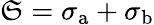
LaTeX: \mathfrak{S}=\sigma_{\mathrm{a}}+\sigma_{\mathrm{b}}